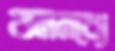
বনমধ্যে